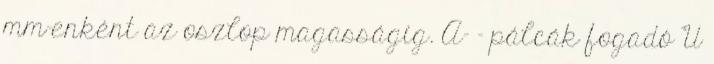
mm-enként az oszlop magasságig. A- – pálcák fogadó U